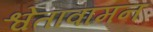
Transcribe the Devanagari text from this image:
श्वेतावामन